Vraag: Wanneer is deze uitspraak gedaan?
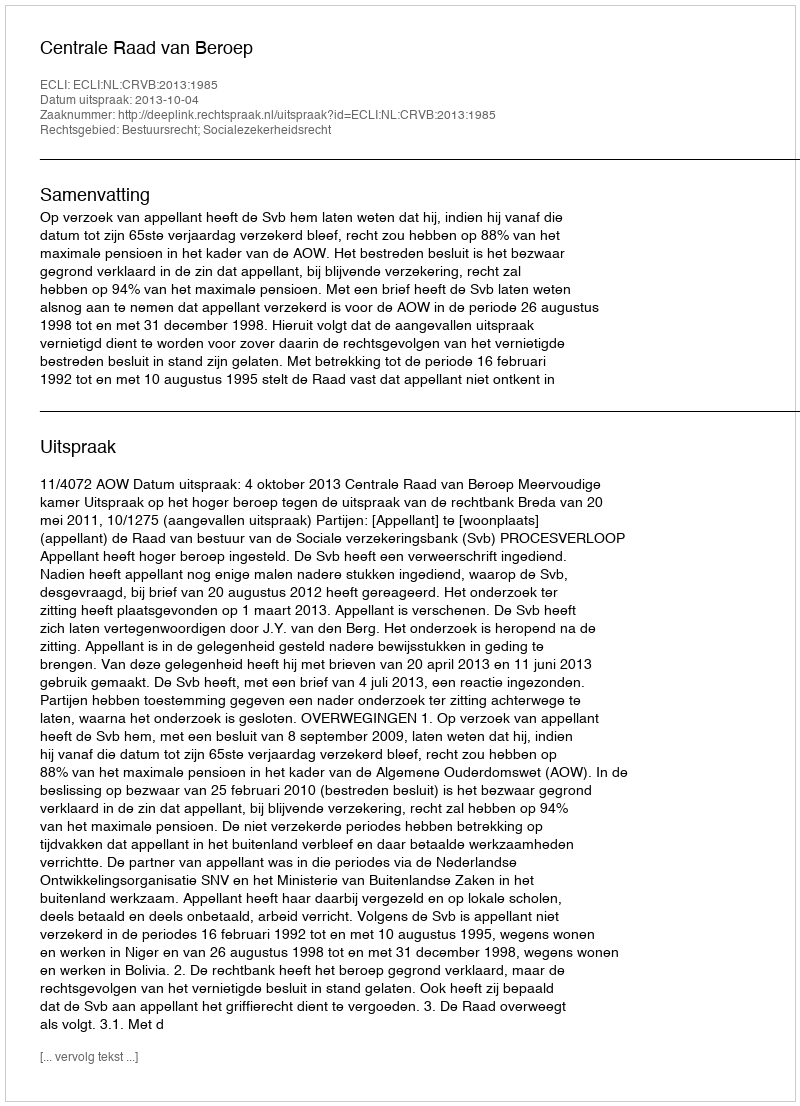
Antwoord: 2013-10-04